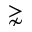
\gnsim